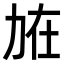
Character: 𠡘